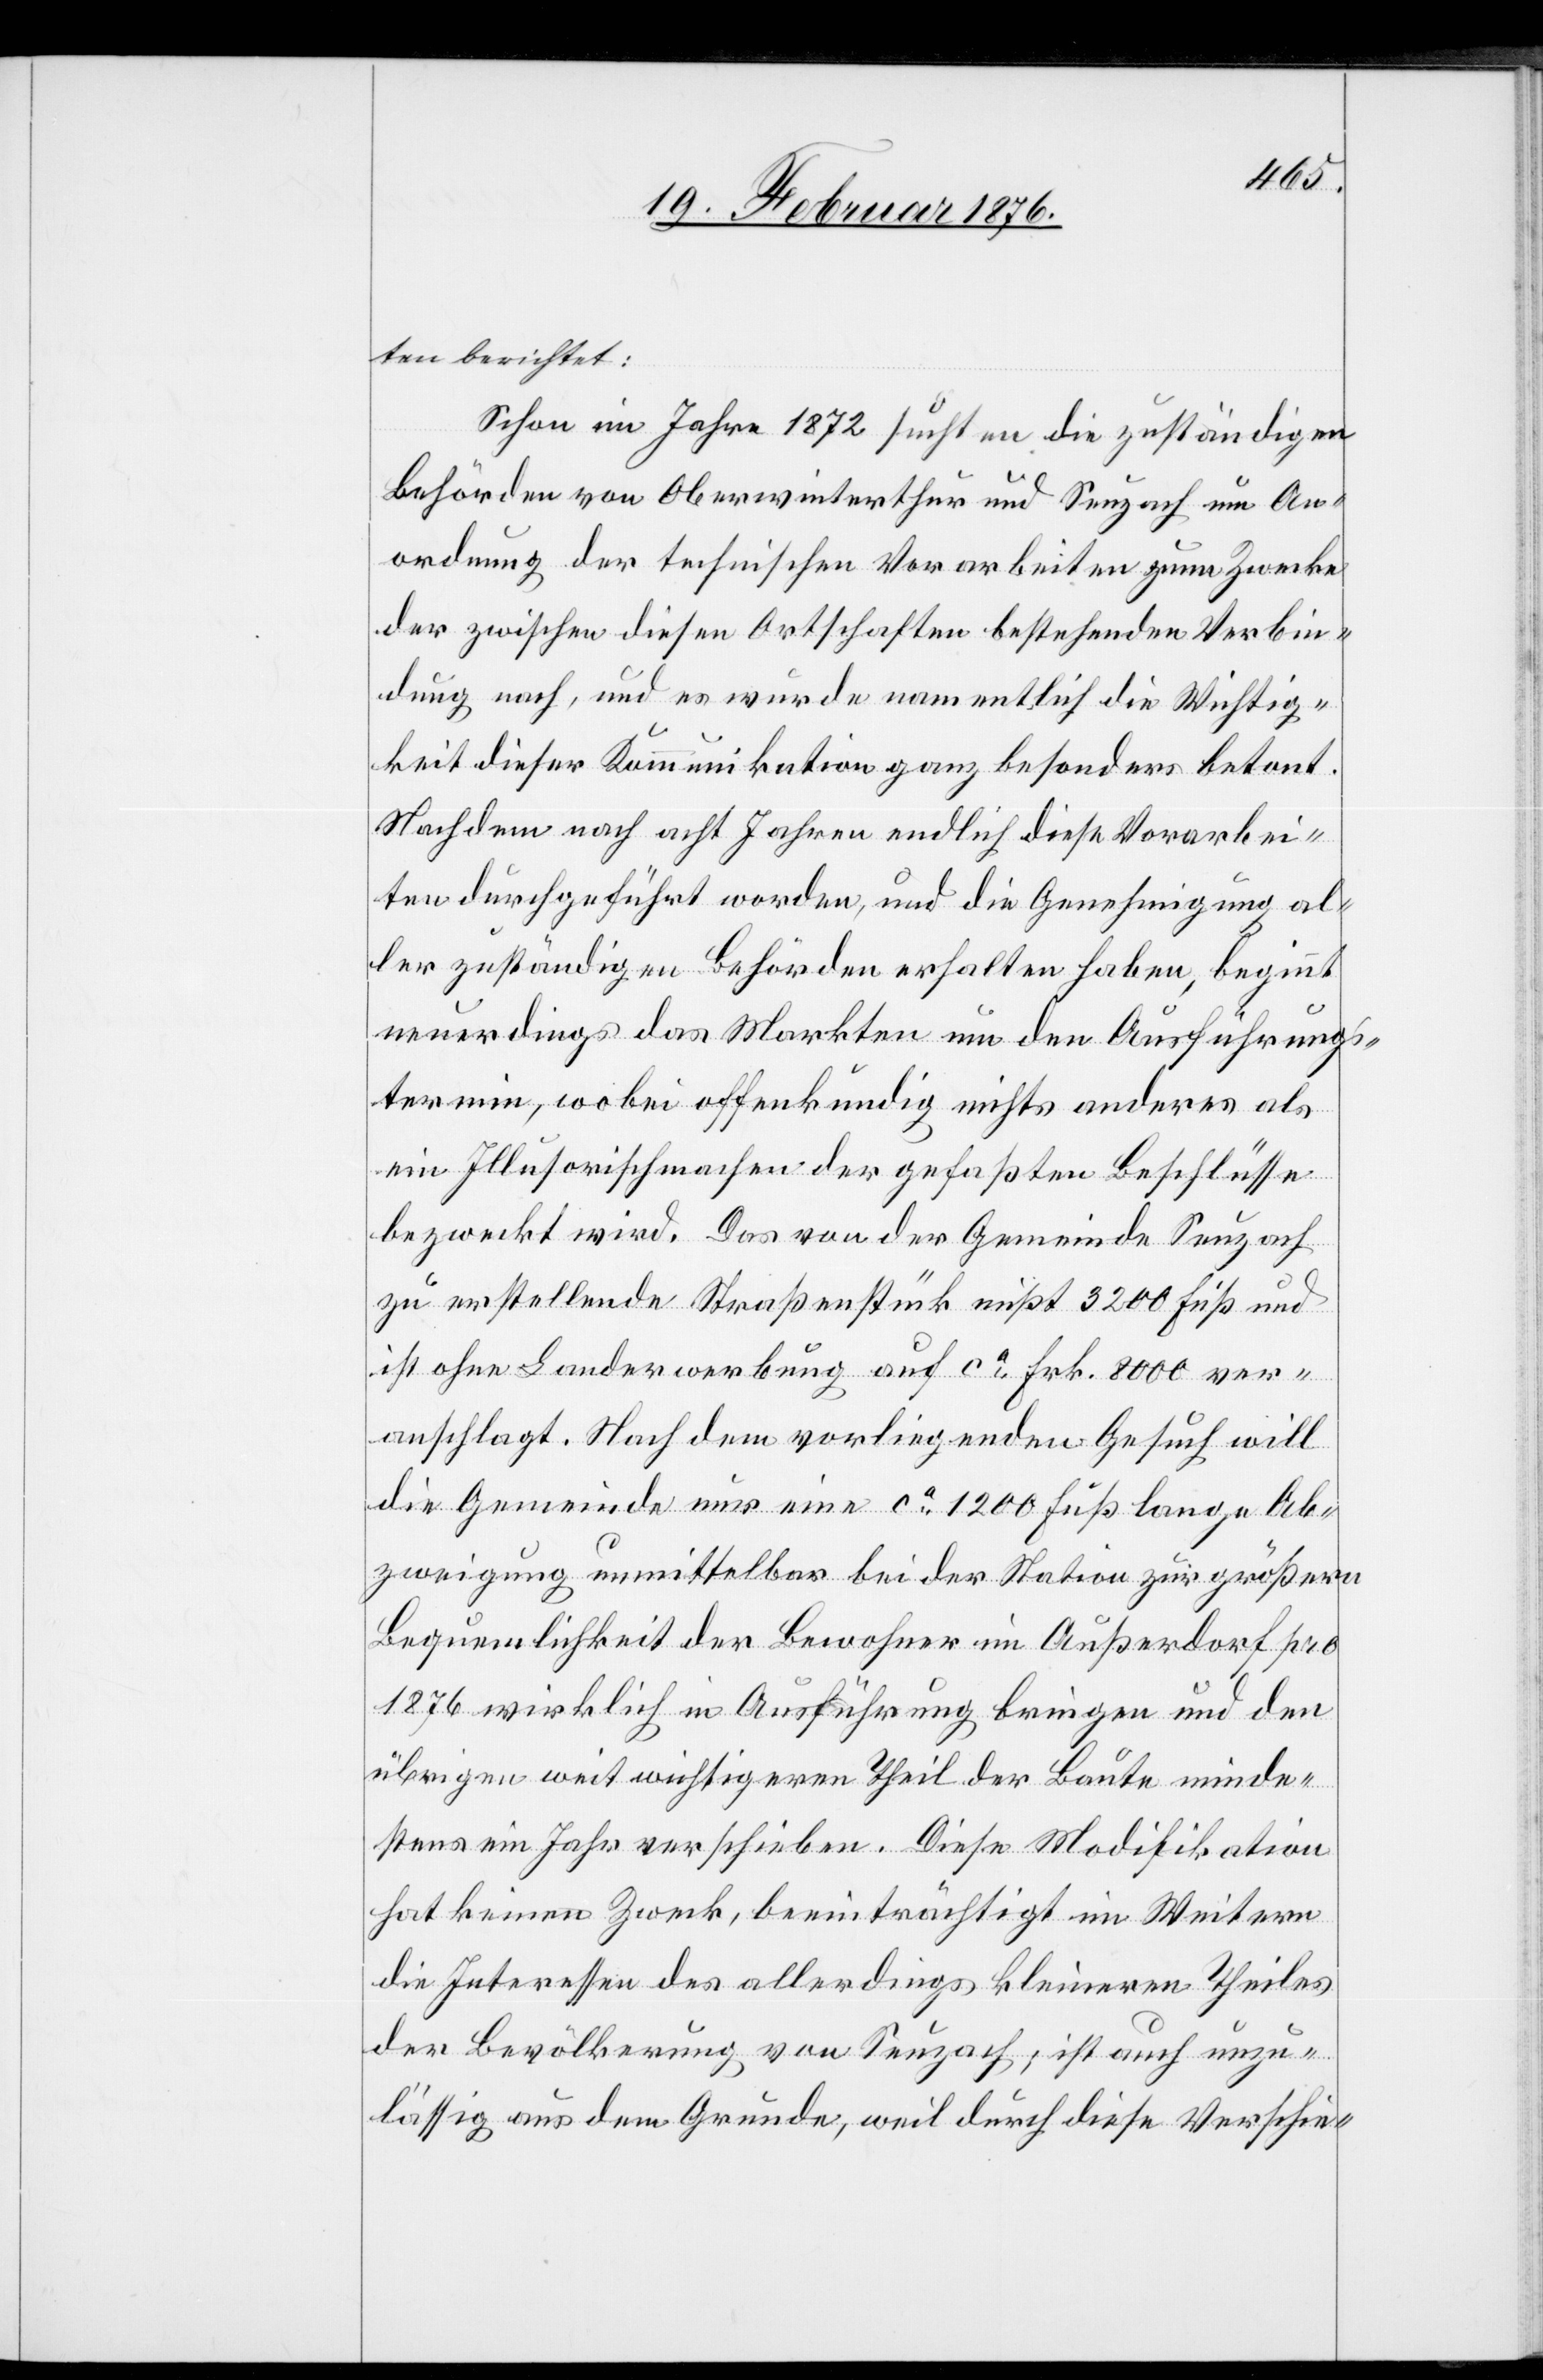
ten berichtet:
Schon im Jahr 1872 suchten die zuständigen
Behörden von Oberwinterthur und Seuzach um An¬
ordnung der technischen Vorarbeiten zum Zwecke
der zwischen diesen Ortschaften bestehenden Verbin¬
dung nach, und es wurde namentlich die Wichtig¬
keit dieser Kommunikation ganz besonders betont.
Nachdem nach acht Jahren endlich diese Vorarbei¬
ten durchgeführt worden, und die Genehmigung al¬
ler zuständigen Behörden erhalten haben, beginnt
neuerdings das Markten um den Ausführungs¬
termin, wobei offenkundig nichts anderes als
ein Illusorischmachen der gefaßten Beschlüsse
bezweckt wird. Das von der Gemeinde Seuzach
zu erstellende Straßenstück mißt 3200 Fuß und
ist ohne Landerwerbung auf ca Frk. 8000 ver¬
anschlagt. Nach dem vorliegenden Gesuch will
die Gemeinde nur eine ca 1200 Fuß lange Ab¬
zweigung unmittelbar bei der Station zur größeren
übrigen weit wichtigeren Theil der Baute minde¬
stens ein Jahr verschieben. Diese Modifikation
hat keinen Zweck, beeinträchtigt im Weitern
die Interessen des allerdings kleineren Theiles
der Bevölkerung von Seuzach, ist auch unzu¬
lässig aus dem Grunde, weil durch diese Verschie-